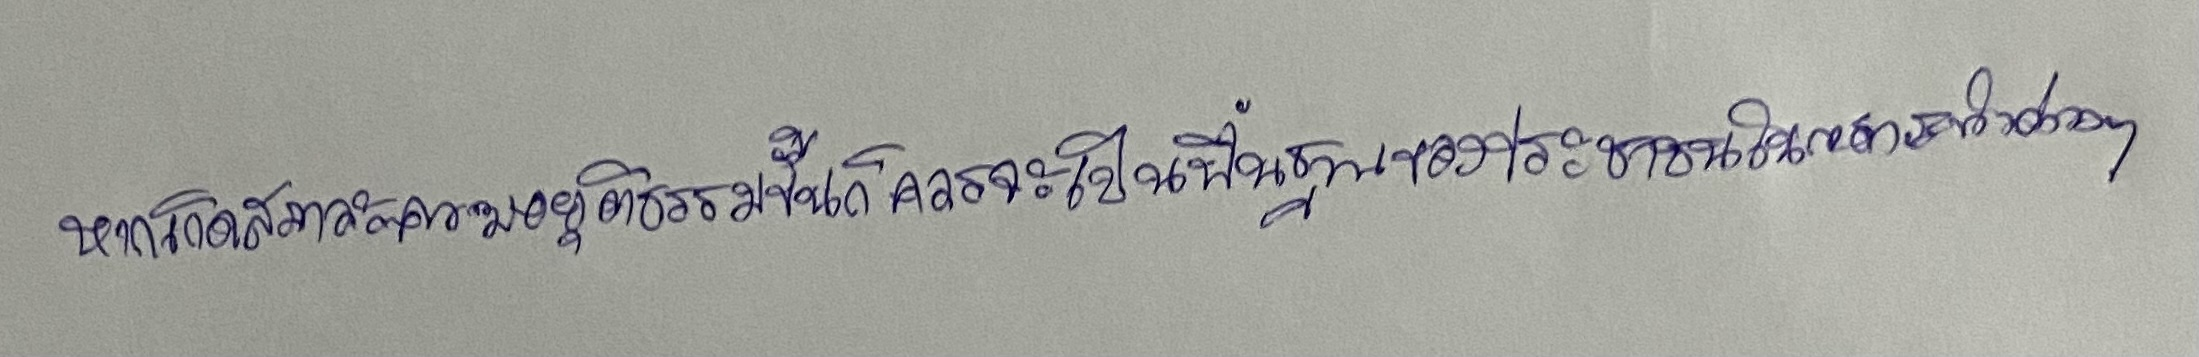
หากเกิดสภาวะความอยุติธรรมขึ้นก็ควรจะเป็นพื้นฐานของประชาชนในการกระทำต่างๆ